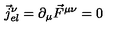
\vec { j } _ { e l } ^ { \nu } = \partial _ { \mu } \vec { F } ^ { \mu \nu } = 0